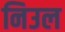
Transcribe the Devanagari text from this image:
निउल